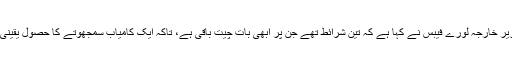
فرانسسی وزیر خارجہ لورے فیبس نے کہا ہے کہ تین شرائط تھے جن پر ابھی بات چیت باقی ہے، تاکہ ایک کامیاب سمجھوتے کا حصول یقینی بنایا جائے۔